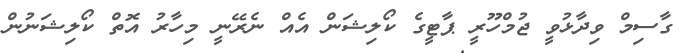
ގާސިމް ވިދާޅުވީ ޖުމްހޫރީ ޕާޓީގެ ކޯލިޝަން އެއް ނެރޭނީ މިހާރު އޮތް ކޯލިޝަނުން